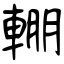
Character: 輣